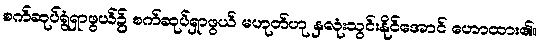
စက်ဆုပ်ရွံရှာဖွယ်၌ စက်ဆုပ်ရှာဖွယ် မဟုတ်ဟု နှလုံးသွင်းနိုင်အောင် ဟောထား၏။